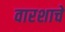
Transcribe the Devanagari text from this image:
वारशाचे